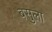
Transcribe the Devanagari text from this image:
बसुला